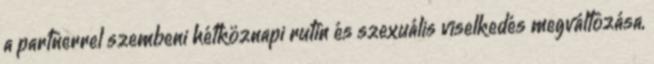
a partnerrel szembeni hétköznapi rutin és szexuális viselkedés megváltozása,